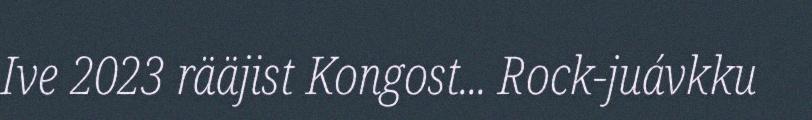
Ive 2023 rääjist Kongost... Rock-juávkku